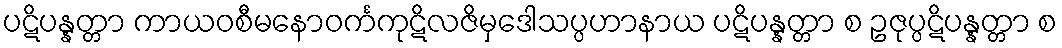
ပဋိပန္နတ္တာ ကာယဝစီမနောဝင်္ကကုဋိလဇိမှဒေါသပ္ပဟာနာယ ပဋိပန္နတ္တာ စ ဥဇုပ္ပဋိပန္နတ္တာ စ